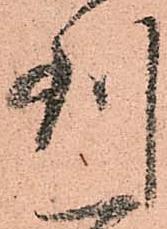
到